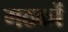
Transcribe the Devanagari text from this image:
गठकों